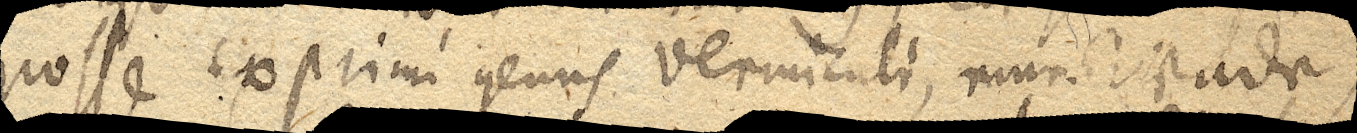
posse exprimi genus vermiculi, eine Wade,